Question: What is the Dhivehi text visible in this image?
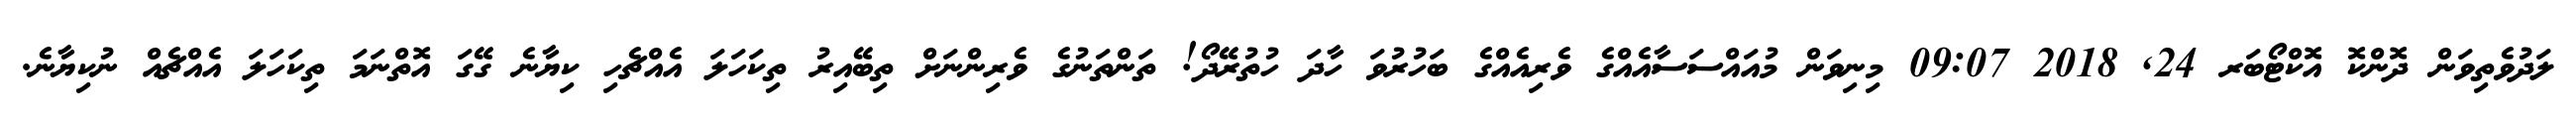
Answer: ލަދުވެތިވަން ދޮންކޮ އޮކްޓޯބަރ 24, 2018 09:07 މިނިވަން މުއައްސަސާއެއްގެ ވެރިއެއްގެ ބަހުރުވަ ހާދަ ހުތުރޭދޯ! ތަންތަނުގެ ވެރިންނަށް ތިބޭއިރު ތިކަހަލަ އެއްޗެހި ކިޔާނެ ގޭގަ އޮތްނަމަ ތިކަހަލަ އެއްޗެއް ނުކިޔާނެ.